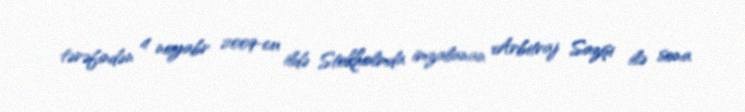
tərəfindən 4 noyabr 2009-cu ildə Stokholmda imzalanan Arbitraj Sazişi ilə sona